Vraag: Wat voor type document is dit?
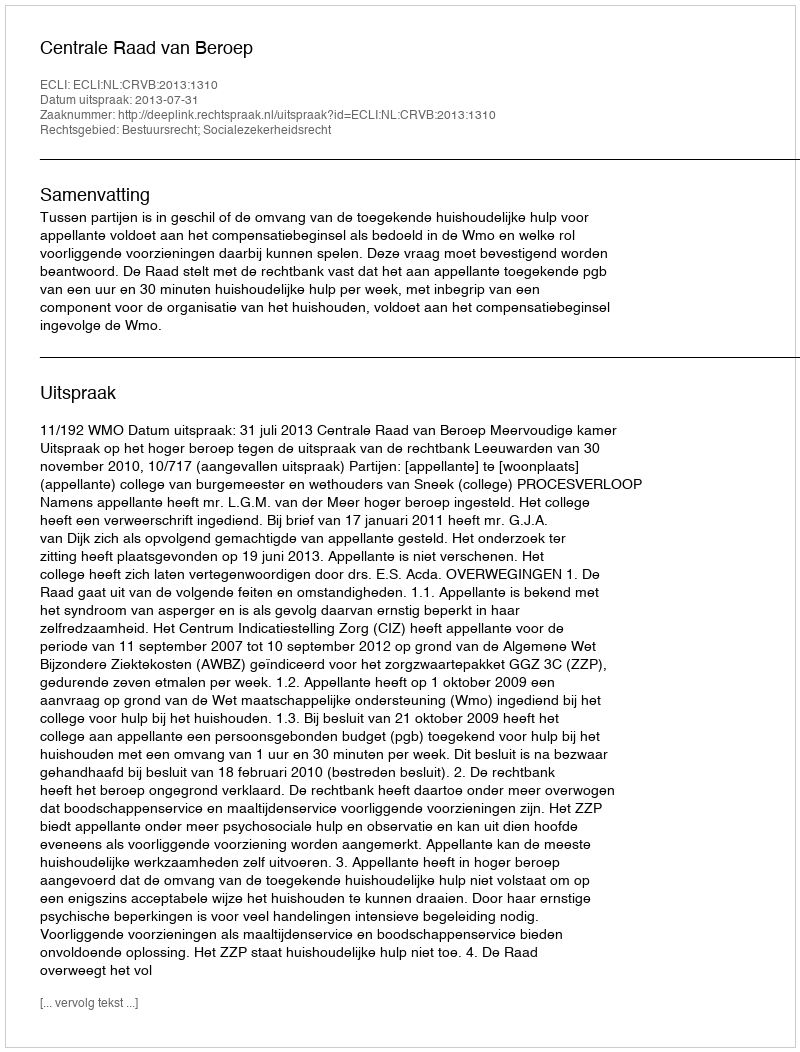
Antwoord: Uitspraak